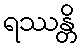
ရဿန္တိ